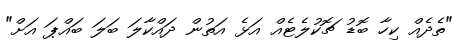
"ތެދެއް ކިހާ ބޮޑު ޗޮކުލެޓެއް އަޅެ އަތުން ދައްކާލަ ބަލަ ބައްޕަ އަށް"